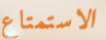
الاستمتاع